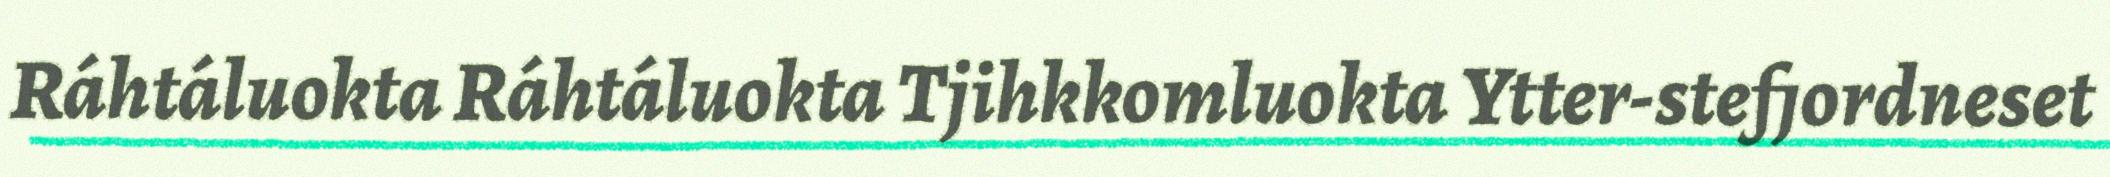
Ráhtáluokta Ráhtáluokta Tjihkkomluokta Ytter-stefjordneset